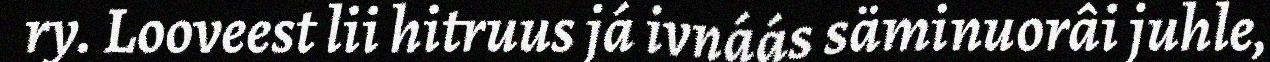
ry. Looveest lii hitruus já ivnáás säminuorâi juhle,